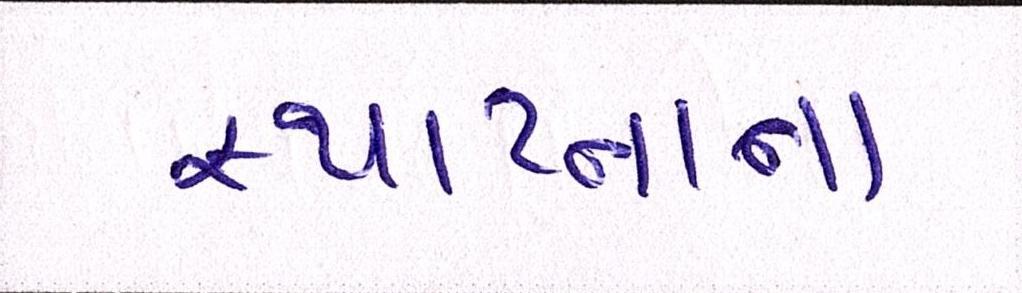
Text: સ્થાપ્નાના